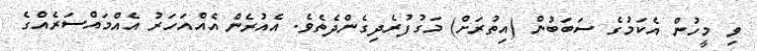
ވި މީހުން އެކަމުގެ ސަބަބުން (އިތުރަށް) މަގުފުރެދިގެންދެތެވެ. އެއުރެން އެއްއަހަރު އެއްމައްސަރެއްގެ